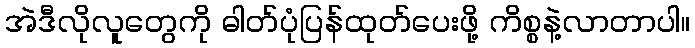
အဲဒီလိုလူတွေကို ဓါတ်ပုံပြန်ထုတ်ပေးဖို့ ကိစ္စနဲ့လာတာပါ။